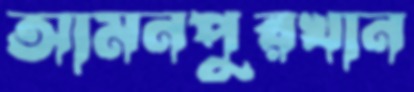
আমনপুরখান